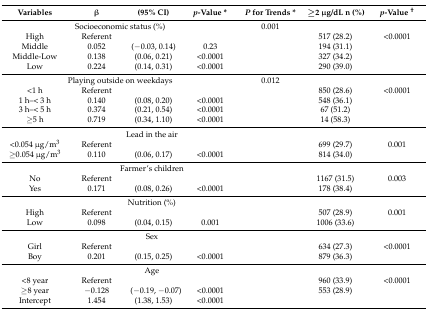
<table><thead><tr><td><b>Variables</b></td><td><b>β</b></td><td><b>(95% CI)</b></td><td><b><i>p</i>-Value *</b></td><td><b><i>P</i> for Trends *</b></td><td><b>≥2 μg/dL n (%)</b></td><td><b><i>p</i>-Value <sup>†</sup></b></td></tr></thead><tbody><tr><td colspan="4">Socioeconomic status (%)</td><td>0.001</td><td></td><td></td></tr><tr><td>High</td><td>Referent</td><td></td><td></td><td></td><td>517 (28.2)</td><td>&lt;0.0001</td></tr><tr><td>Middle</td><td>0.052</td><td>(−0.03, 0.14)</td><td>0.23</td><td></td><td>194 (31.1)</td><td></td></tr><tr><td>Middle-Low</td><td>0.138</td><td>(0.06, 0.21)</td><td>&lt;0.0001</td><td></td><td>327 (34.2)</td><td></td></tr><tr><td>Low</td><td>0.224</td><td>(0.14, 0.31)</td><td>&lt;0.0001</td><td></td><td>290 (39.0)</td><td></td></tr><tr><td colspan="4">Playing outside on weekdays</td><td>0.012</td><td></td><td></td></tr><tr><td>&lt;1 h</td><td>Referent</td><td></td><td></td><td></td><td>850 (28.6)</td><td>&lt;0.0001</td></tr><tr><td>1 h–&lt; 3 h</td><td>0.140</td><td>(0.08, 0.20)</td><td>&lt;0.0001</td><td></td><td>548 (36.1)</td><td></td></tr><tr><td>3 h–&lt; 5 h</td><td>0.374</td><td>(0.21, 0.54)</td><td>&lt;0.0001</td><td></td><td>67 (51.2)</td><td></td></tr><tr><td>≥5 h</td><td>0.719</td><td>(0.34, 1.10)</td><td>&lt;0.0001</td><td></td><td>14 (58.3)</td><td></td></tr><tr><td colspan="5">Lead in the air</td><td></td><td></td></tr><tr><td>&lt;0.054 μg/m<sup>3</sup></td><td>Referent</td><td></td><td></td><td></td><td>699 (29.7)</td><td>0.001</td></tr><tr><td>≥0.054 μg/m<sup>3</sup></td><td>0.110</td><td>(0.06, 0.17)</td><td>&lt;0.0001</td><td></td><td>814 (34.0)</td><td></td></tr><tr><td colspan="5">Farmer’s children</td><td></td><td></td></tr><tr><td>No</td><td>Referent</td><td></td><td></td><td></td><td>1167 (31.5)</td><td>0.003</td></tr><tr><td>Yes</td><td>0.171</td><td>(0.08, 0.26)</td><td>&lt;0.0001</td><td></td><td>178 (38.4)</td><td></td></tr><tr><td colspan="5">Nutrition (%)</td><td></td><td></td></tr><tr><td>High</td><td>Referent</td><td></td><td></td><td></td><td>507 (28.9)</td><td>0.001</td></tr><tr><td>Low</td><td>0.098</td><td>(0.04, 0.15)</td><td>0.001</td><td></td><td>1006 (33.6)</td><td></td></tr><tr><td colspan="5">Sex</td><td></td><td></td></tr><tr><td>Girl</td><td>Referent</td><td></td><td></td><td></td><td>634 (27.3)</td><td>&lt;0.0001</td></tr><tr><td>Boy</td><td>0.201</td><td>(0.15, 0.25)</td><td>&lt;0.0001</td><td></td><td>879 (36.3)</td><td></td></tr><tr><td colspan="5">Age</td><td></td><td></td></tr><tr><td>&lt;8 year</td><td>Referent</td><td></td><td></td><td></td><td>960 (33.9)</td><td>&lt;0.0001</td></tr><tr><td>≥8 year</td><td>−0.128</td><td>(−0.19, −0.07)</td><td>&lt;0.0001</td><td></td><td>553 (28.9)</td><td></td></tr><tr><td>Intercept</td><td>1.454</td><td>(1.38, 1.53)</td><td>&lt;0.0001</td><td></td><td></td><td></td></tr></tbody></table>